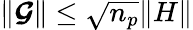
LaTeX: \lVert\boldsymbol{\mathcal{G}}\rVert\leq\sqrt{n_{p}}\lVert H\rVert